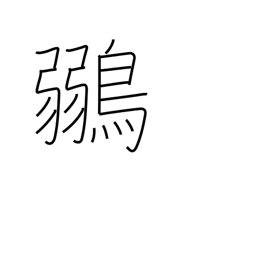
Meaning: greenfinch